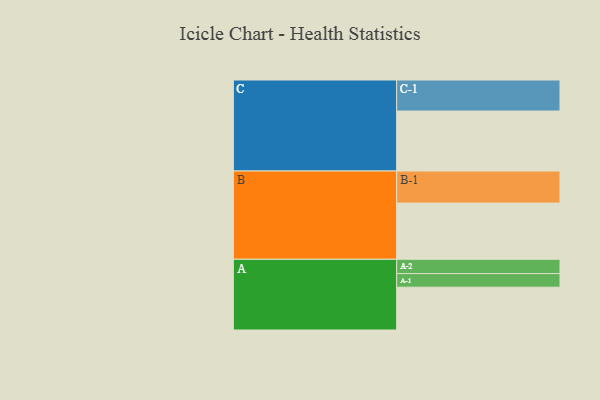
{"axis": {"x": "Segment", "y": "Value"}, "legend": ["", "A", "B", "C"], "data": [{"x": "A", "y": 390, "type": ""}, {"x": "B", "y": 512, "type": ""}, {"x": "C", "y": 546, "type": ""}, {"x": "A-1", "y": 124, "type": "A"}, {"x": "A-2", "y": 130, "type": "A"}, {"x": "B-1", "y": 292, "type": "B"}, {"x": "C-1", "y": 283, "type": "C"}]}